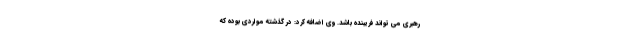
رهبری می تواند فریبنده باشد. وی اضافه کرد: در گذشته مواردی بوده که